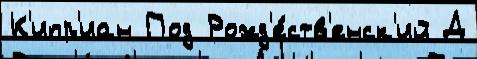
К'ипр'иан Под Рожд'е́ств'енск'ий Д